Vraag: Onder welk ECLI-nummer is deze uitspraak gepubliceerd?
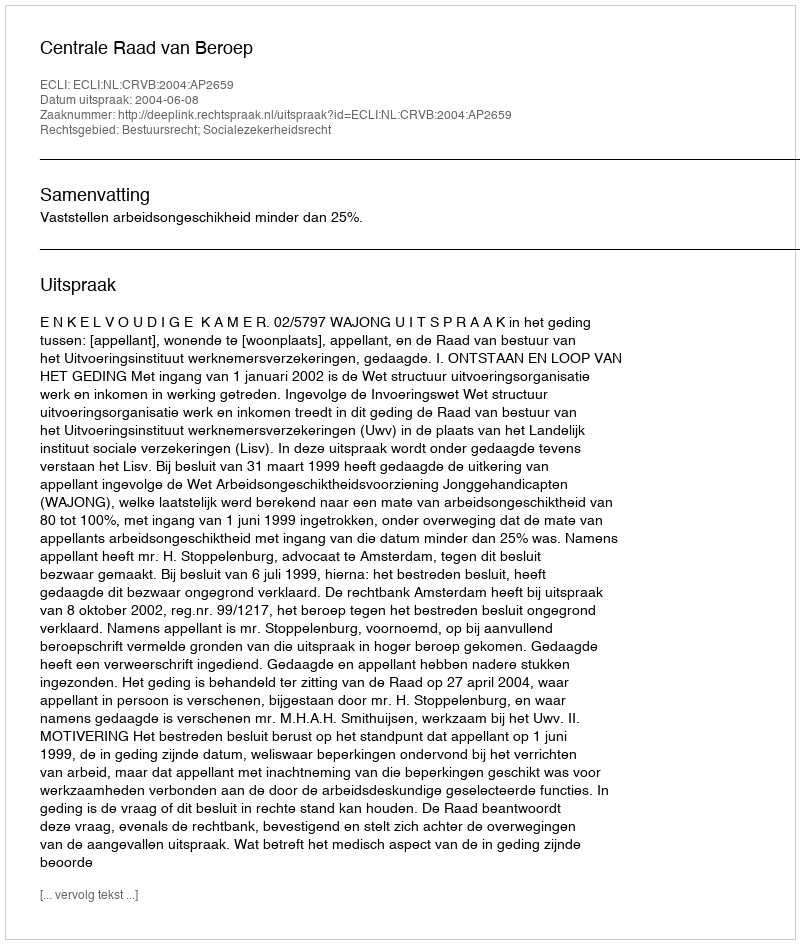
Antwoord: ECLI:NL:CRVB:2004:AP2659